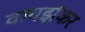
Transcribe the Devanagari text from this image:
वायझॅकर